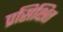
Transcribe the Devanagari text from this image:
प्रसिक्षित